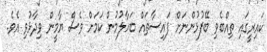
ކައިރީގައި ތިއްބެވި ބޭފުޅުންނަށް ފައިސާތައް ބަހާލުމުން ކަމަށް ވެސް ޔާމީން ވިދާޅުވި އެވެ.